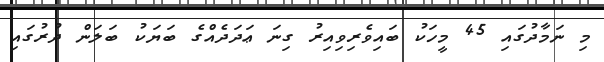
މި ނަމާދުގައި 45 މީހަކު ބައިވެރިވިއިރު ގިނަ ޢަދަދެއްގެ ބަޔަކު ބަލަން ދުރުގައި